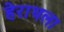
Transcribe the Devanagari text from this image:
हेराथला